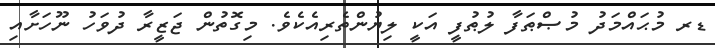
ޑރ މުޙައްމަދު މުޞްޠަފާ ލުޠުފީ އަކީ ލިޔުންތެރިއެކެވެ. މިގޮތުން ޖަޒީރާ ދުވަހު ނޫހަށާއި